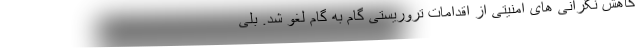
کاهش نگرانی های امنیتی از اقدامات تروریستی گام به گام لغو شد. بلی